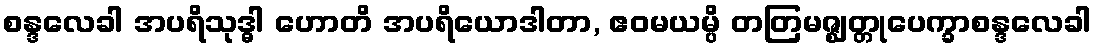
စန္ဒလေခါ အပရိသုဒ္ဓါ ဟောတိ အပရိယောဒါတာ, ဧဝမယမ္ပိ တတြမဇ္ဈတ္တုပေက္ခာစန္ဒလေခါ